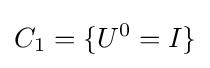
C_{1}=\{U^{0}=I\}